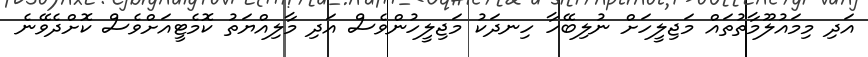
އަދި މިމައުލޫމާތުތައް މަޖިލީހަށް ނުލިބޭހާ ހިނދަކު މަޖިލީހުންވެސް އަދި މާލިއްޔަތު ކޮމެޓީއަށްވެސް ކޮށްދެވޭނެ